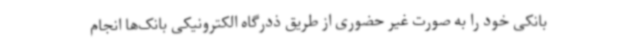
بانکی خود را به صورت غیر حضوری از طریق ذدرگاه الکترونیکی بانک‌ها انجام